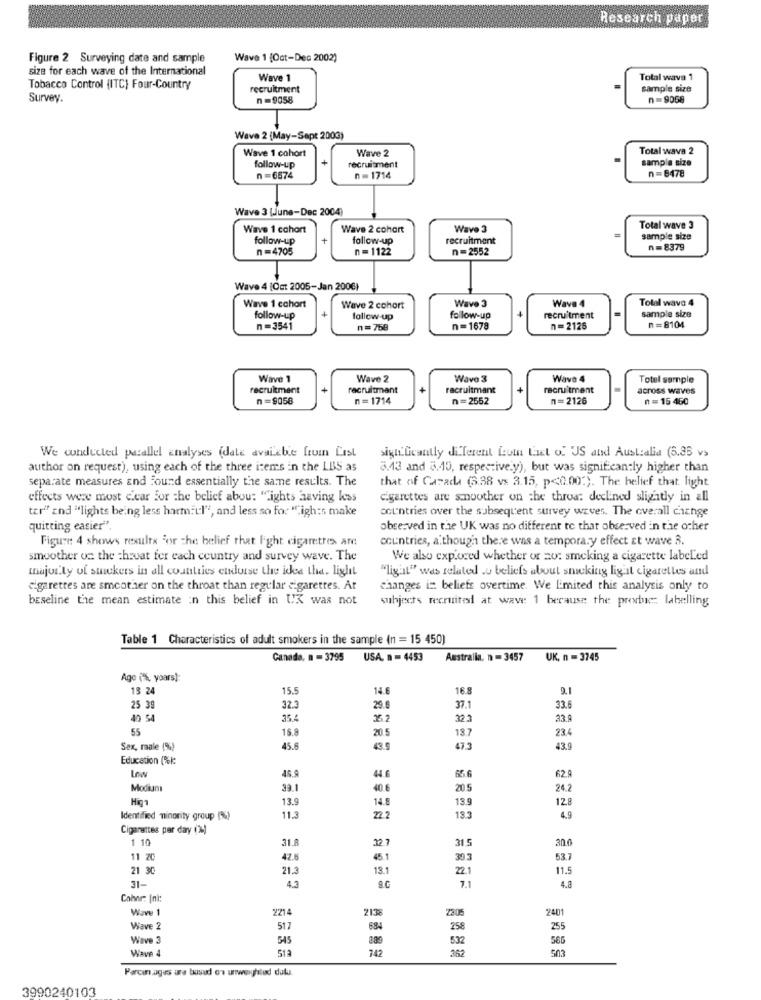
Research paper
Figure 2 Surveying date and sample
Wave 1 [Oct-Dec 2002)
size for each wave of the International
Wave 1
Total wava 1
Tobacco Control (ITC) Four-Country
recruitment
sample size
Survey.
n =9058
n=9058
Wave 2 (May-Sept 2003)
Wave 1 cohort
Wave 2
Total wava 2
sample size
follow-up
recruitment
n =6674
n = 1714
n=8478
Wave 3 (June-Dec 2004)
Wave 1 cohort
Wave 2 cohort
Wave 3
Total wave 3
follow-up
+
follow-up
recruitment
sample size
n=4705
n = 1122
n=2552
n=8379
Wave 4 [Oct 2005-Jan 2006)
Wave 1 cchort
Wave 4
Total wave 4
Wave 2 cohort
Wave 3
follow-up
follow-up
follow-up
recruitment
sample size
n=3541
n=758
n=1678
n=2126
n= 8104
Wave 1
Wave 2
Wave 3
Wave 4
Total sample
recrukment
recruitmant
recruitmant
recruitment
across waves
n=9058
n =1714
n =2552
n =2126
n = 15 460
We conducted parallel analyses (dale available fruin List
significantly di ferent Loin Let o. US and Australia (6.36 vs
author on request), using each of the three items in the LBS as
3.43 and 5.40, respectively), but was significantly higher than
separate measures and Found essentially the same results. The
that of Canada (3.38 vs 3.15, p<0.00:). The belief that light
effects were most clear for the belief abou: "ights having less
cigarettes are snoother on the throa: declined slightly in all
ter" and "lights being less harmful", and less so for " igh:s make
countries over the subsequent survey waves. The overall change
quitting easier".
observed in the UK was no different te that observed in the other
Figure 4 shows results for the belief that Fight cigarettes are
countries, a though there was a temporary effect Et wave 3.
smoother on the throat for each country and survey wave. The
We also explored whether or zo: smoking a cigarette labeled
majority of stickers in all countries endorse the idea the. light
"lig il" was related .u beliefs about smoking lig il cigarettes and
cigarettes are smoother on the throat than regular cigarettes. Ar
changes in: beliefs overtime. We Limited this analysis only to
baseline the mean estimate in this belief in UX was not
subjects recruited at wave 1 because the probar labelling
Table 1 Characteristics of adult smokers in the sample (n = 15 450)
Canada, n = 3795
USA. n = 4453
Australia, n = 3457
UK. n = 3745
Age (%, yoars):
13 24
15.5
14.6
16.8
9.1
25 39
32.3
29.6
37.1
33.6
40 54
35.4
25.2
323
33.9
55
15.8
20.5
18.7
23.4
Sex, male (%)
45.6
43.5
473
43.9
Education (%l:
45.9
65.6
62.9
44.6
Modium
39.1
40.6
20 5
24.2
Higa
13.9
14.8
13.9
12.8
Identified minority group (%)
11.3
22.2
13.3
4.9
Cigarettes per day (2)
1 10
31.A
32.7
315
30.0
11 20
42.6
45.1
39.3
53.7
21 30
21.3
13.1
22.1
11.5
4.5
7.1
4.8
31-
a.C
Cohar: [ni:
Wave 1
2214
213
2401
Wave 2
517
684
258
255
Wave 3
545
889
532
566
Wave 4
513
742
362
503
Parcin agus urs bosal on unweighted dulu.
3990240103